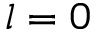
l = 0